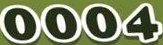
0004